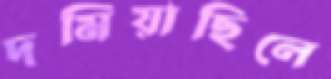
দমিয়াছিলে